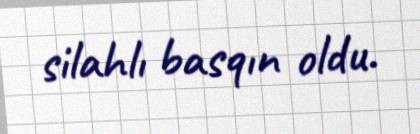
silahlı basqın oldu.